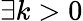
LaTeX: \exists k>0